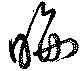
晦